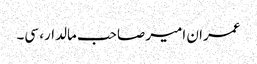
عمران امیر صاحب مالدار، سی۔